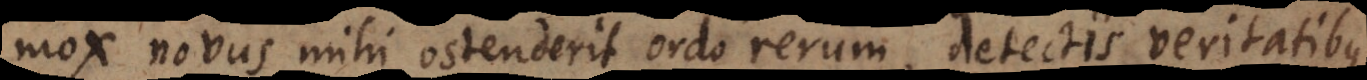
mox novus mihi ostenderit ordo rerum, detectis veritatibus